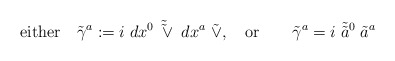
\begin{align*}{\rm either} \quad \tilde{\gamma}^a: = i \; dx^0 \;\tilde{\tilde{\vee}} \; dx^a \; \tilde{\vee}, \quad {\rm or} \qquad\tilde{\gamma}^a = i \; \tilde{\tilde{a}}{ }^0 \; \tilde{a}^a \end{align*}